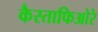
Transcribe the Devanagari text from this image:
कैस्ताफिओरे